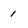
Character: 1